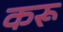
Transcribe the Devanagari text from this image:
करू